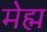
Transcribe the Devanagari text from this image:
मेह्म